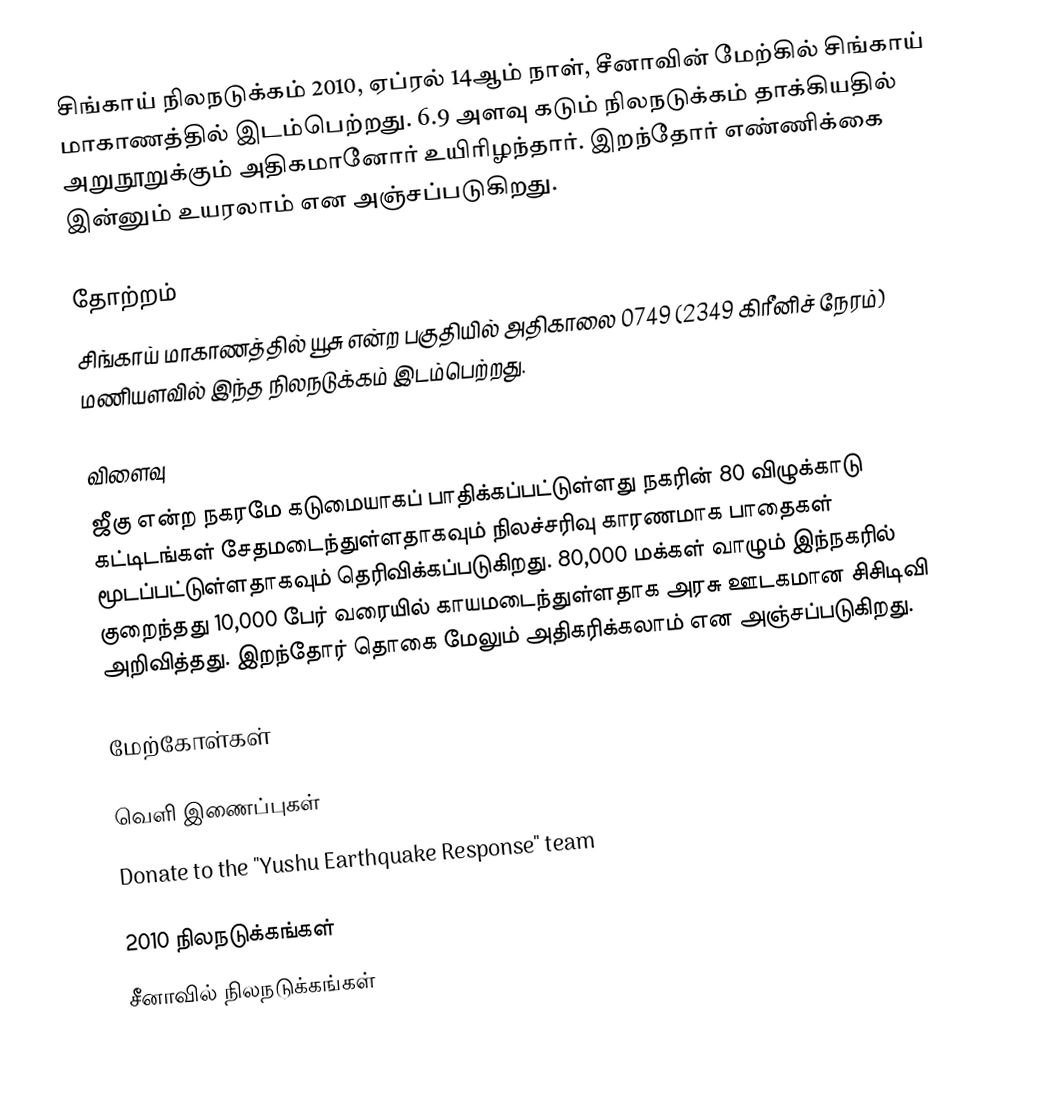
சிங்காய் நிலநடுக்கம் 2010, ஏப்ரல் 14ஆம் நாள், சீனாவின் மேற்கில் சிங்காய் மாகாணத்தில் இடம்பெற்றது. 6.9 அளவு கடும் நிலநடுக்கம் தாக்கியதில் அறுநூறுக்கும் அதிகமானோர் உயிரிழந்தார். இறந்தோர் எண்ணிக்கை இன்னும் உயரலாம் என அஞ்சப்படுகிறது.

தோற்றம்
சிங்காய் மாகாணத்தில் யூசு என்ற பகுதியில் அதிகாலை 0749 (2349 கிரீனிச் நேரம்) மணியளவில் இந்த நிலநடுக்கம் இடம்பெற்றது.

விளைவு
ஜீகு என்ற நகரமே கடுமையாகப் பாதிக்கப்பட்டுள்ளது நகரின் 80 விழுக்காடு கட்டிடங்கள் சேதமடைந்துள்ளதாகவும் நிலச்சரிவு காரணமாக பாதைகள் மூடப்பட்டுள்ளதாகவும் தெரிவிக்கப்படுகிறது. 80,000 மக்கள் வாழும் இந்நகரில் குறைந்தது 10,000 பேர் வரையில் காயமடைந்துள்ளதாக அரசு ஊடகமான சிசிடிவி அறிவித்தது. இறந்தோர் தொகை மேலும் அதிகரிக்கலாம் என அஞ்சப்படுகிறது.

மேற்கோள்கள்

வெளி இணைப்புகள்
Donate to the "Yushu Earthquake Response" team

2010 நிலநடுக்கங்கள்
சீனாவில் நிலநடுக்கங்கள்